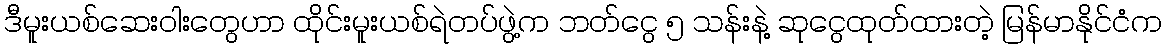
ဒီမူးယစ်ဆေးဝါးတွေဟာ ထိုင်းမူးယစ်ရဲတပ်ဖွဲ့က ဘတ်ငွေ ၅ သန်းနဲ့ ဆုငွေထုတ်ထားတဲ့ မြန်မာနိုင်ငံက